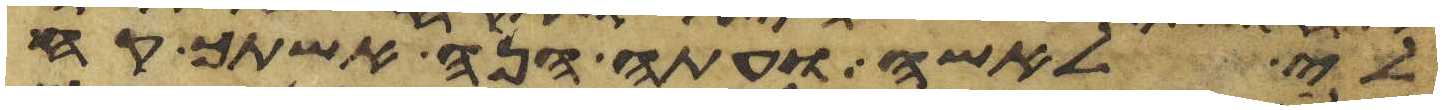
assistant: לי לאשה ועתה הנה אשתך קח